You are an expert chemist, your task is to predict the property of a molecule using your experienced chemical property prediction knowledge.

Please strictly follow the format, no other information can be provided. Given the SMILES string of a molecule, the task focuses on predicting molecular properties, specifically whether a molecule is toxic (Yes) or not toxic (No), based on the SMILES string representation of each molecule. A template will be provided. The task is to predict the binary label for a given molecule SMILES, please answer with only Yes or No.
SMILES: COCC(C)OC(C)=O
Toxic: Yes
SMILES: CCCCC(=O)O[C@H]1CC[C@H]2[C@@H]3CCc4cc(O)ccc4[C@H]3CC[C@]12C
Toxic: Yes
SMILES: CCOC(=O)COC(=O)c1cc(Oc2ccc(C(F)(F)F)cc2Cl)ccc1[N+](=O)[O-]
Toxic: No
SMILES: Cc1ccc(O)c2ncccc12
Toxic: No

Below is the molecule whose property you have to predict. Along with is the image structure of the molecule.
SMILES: CC(=O)OC[C@H]1O[C@@H](OC(C)=O)[C@H](OC(C)=O)[C@@H]1OC(C)=O
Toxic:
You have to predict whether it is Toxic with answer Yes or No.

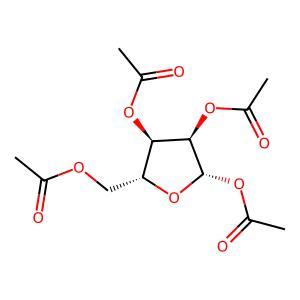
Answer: No